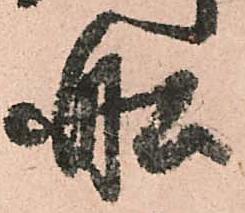
舩